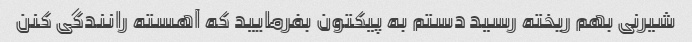
شیرنی بهم ریخته رسید دستم به پیکتون بفرمایید که آهسته رانندگی کنن